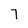
Character: 7